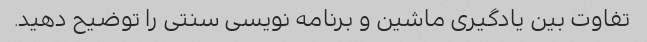
تفاوت بین یادگیری ماشین و برنامه نویسی سنتی را توضیح دهید.